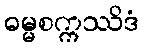
ဓမ္မစက္ကဿိဒံ